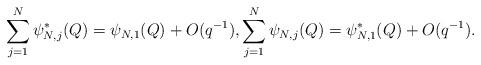
LaTeX: \begin{align*} \sum_{j=1}^{N} \psi_{N,j}^{\ast}(Q)= \psi_{N,1}(Q)+O(q^{-1}),\sum_{j=1}^{N} \psi_{N,j}(Q)= \psi_{N,1}^{\ast}(Q)+O(q^{-1}).\end{align*}